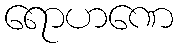
ရောဟဏေ